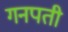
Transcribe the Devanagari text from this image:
गनपती